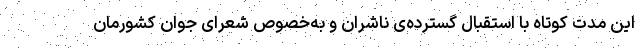
این مدت کوتاه با استقبال گسترده‌ی ناشران و به‌خصوص شعرای جوان کشورمان